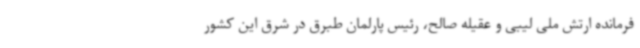
فرمانده ارتش ملی لیبی و عقیله صالح، رئیس پارلمان طبرق در شرق این کشور